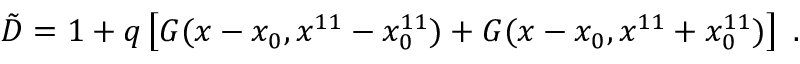
{ \tilde { D } } = 1 + q \left[ { \cal G } ( x - x _ { 0 } , x ^ { 1 1 } - x _ { 0 } ^ { 1 1 } ) + { \cal G } ( x - x _ { 0 } , x ^ { 1 1 } + x _ { 0 } ^ { 1 1 } ) \right] \ .